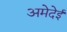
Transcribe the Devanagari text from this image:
अमेदेई